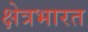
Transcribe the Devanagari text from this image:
क्षेत्रभारत